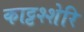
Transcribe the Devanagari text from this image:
काट्टश्शेरि